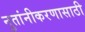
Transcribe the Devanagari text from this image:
नुतांनीकरणासाठी